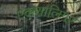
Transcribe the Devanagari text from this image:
एकशालिगर